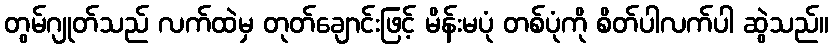
တွမ်ဂျုတ်သည် လက်ထဲမှ တုတ်ချောင်းဖြင့် မိန်းမပုံ တစ်ပုံကို စိတ်ပါလက်ပါ ဆွဲသည်။